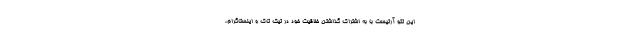
این تتو آرتیست با به اشتراک گذاشتن خلاقیت خود در تیک تاک و اینستاگرام،